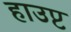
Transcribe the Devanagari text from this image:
हाउप्ट